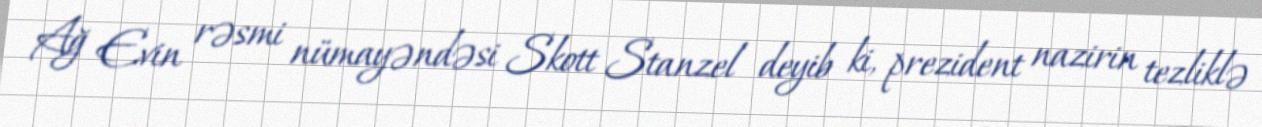
Ağ Evin rəsmi nümayəndəsi Skott Stanzel deyib ki, prezident nazirin tezliklə